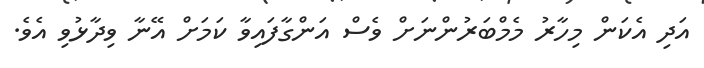
އަދި އެކަން މިހާރު މެމްބަރުންނަށް ވެސް އަންގާފައިވާ ކަމަށް އޭނާ ވިދާޅުވި އެވެ.